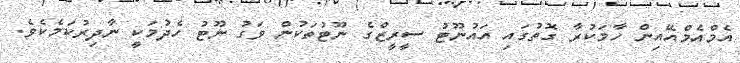
އެމްއެމްއޭއިން ހާމަކުރާ ގޮތުގައި އައުނޫޓު ސީރީޒްގެ ނޫޓުތަކުން ވަގު ނޫޓު ހެދުމަކީ ނާދިރުކަމެކެވެ.